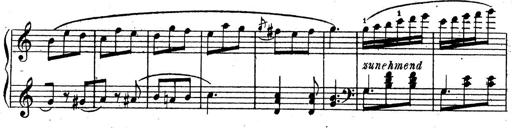
Title: 10 Sonatinas
Composer: Fritz Spindler